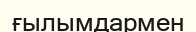
ғылымдармен